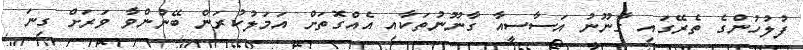
ފުލުހުންގެ ތެރޭގައި ގާނޫނު އަސާސީއާ ގާނޫނުތަކާއި އެއްގޮތަށް އަމަލުކުރަން ބޭނުންވާ ވަަރަށް ގިނަ